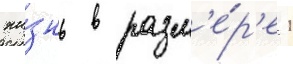
жи́знь в разм'е́р'е 1